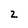
Character: 2